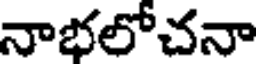
నాభలోచనా